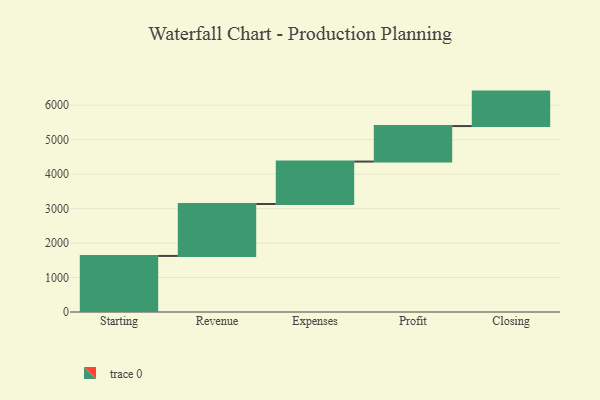
{"axis": {"x": "Step", "y": "Value"}, "legend": [""], "data": [{"x": "Starting", "y": 1627.0, "type": ""}, {"x": "Revenue", "y": 1506.0, "type": ""}, {"x": "Expenses", "y": 1232.0, "type": ""}, {"x": "Profit", "y": 1030.0, "type": ""}, {"x": "Closing", "y": 1000, "type": ""}]}